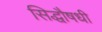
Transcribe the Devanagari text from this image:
सिद्धौषधी